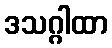
ဒသဂ္ဂါထာ